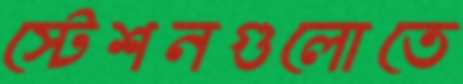
স্টেশনগুলোতে